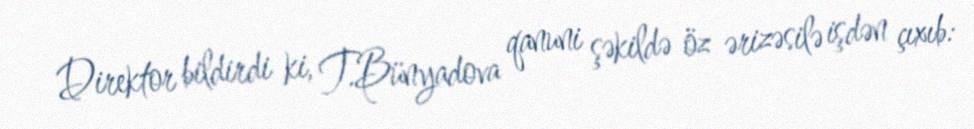
Direktor bildirdi ki, T.Bünyadova qanuni şəkildə öz ərizəsilə işdən çıxıb: